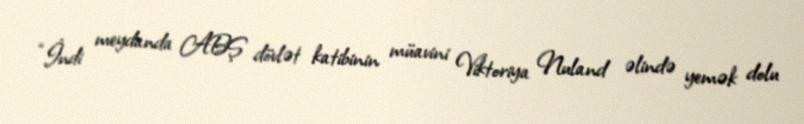
“İndi meydanda ABŞ dövlət katibinin müavini Viktoriya Nuland əlində yemək dolu